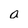
Character: a